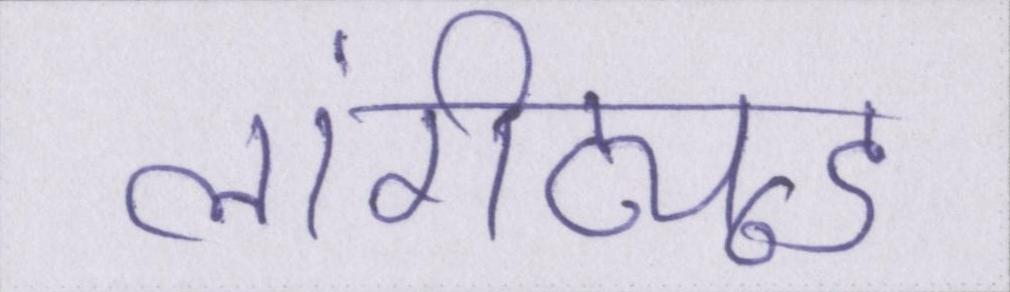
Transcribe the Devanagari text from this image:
लांगीट्यूड